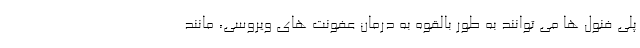
پلی فنول ها می توانند به طور بالقوه به درمان عفونت های ویروسی، مانند